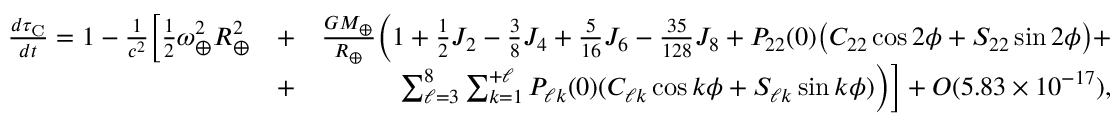
\begin{array} { r l r } { \frac { d \tau _ { \mathrm { C } } } { d t } = 1 - \frac { 1 } { c ^ { 2 } } \Big [ { \textstyle \frac { 1 } { 2 } } \omega _ { \oplus } ^ { 2 } R _ { \oplus } ^ { 2 } } & { + } & { \frac { G M _ { \oplus } } { R _ { \oplus } } \Big ( 1 + { \textstyle \frac { 1 } { 2 } } J _ { 2 } - { \textstyle \frac { 3 } { 8 } } J _ { 4 } + { \textstyle \frac { 5 } { 1 6 } } J _ { 6 } - { \textstyle \frac { 3 5 } { 1 2 8 } } J _ { 8 } + P _ { 2 2 } ( 0 ) \big ( C _ { 2 2 } \cos 2 \phi + S _ { 2 2 } \sin 2 \phi \big ) + } \\ & { + } & { \sum _ { \ell = 3 } ^ { 8 } \sum _ { k = 1 } ^ { + \ell } P _ { \ell k } ( 0 ) ( C _ { \ell k } \cos k \phi + S _ { \ell k } \sin k \phi ) \Big ) \Big ] + { \cal O } ( 5 . 8 3 \times 1 0 ^ { - 1 7 } ) , } \end{array}